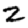
Digit: 2